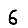
Digit: 6